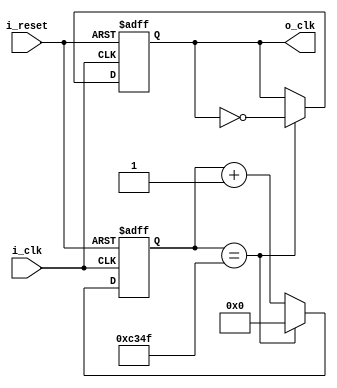
module ClockDivider_Digit(
    input i_clk,
    input i_reset,
    output o_clk
    );

    reg r_clk = 0;
    reg [31:0] r_counter = 0;
    assign o_clk = r_clk;

    always @(posedge i_clk or posedge i_reset) begin
        if(i_reset) begin
            r_clk <= 0;
            r_counter <= 0;
        end
        else begin
            if(r_counter == 50_000 -1) begin
                r_counter <= 0;
                r_clk <= ~r_clk;
            end
            else begin
                r_counter <= r_counter + 1;
            end
        end
    end
endmodule